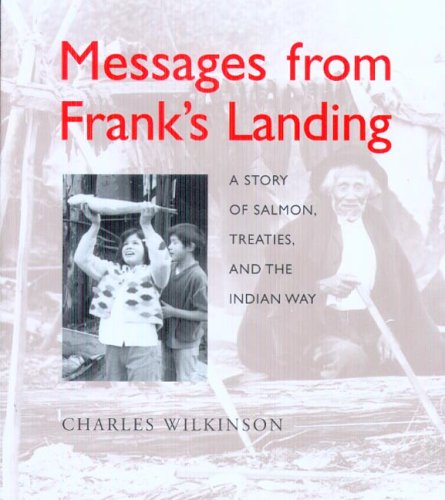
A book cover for Messages from Franks Landing : a story of salmon, treaties, and the Indian way; Charles Wilkinson; Law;